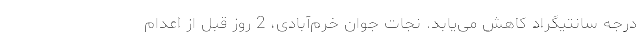
درجه سانتیگراد کاهش می‌یابد. نجات جوان خرم‌آبادی، 2 روز قبل از اعدام